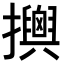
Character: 𢸯